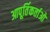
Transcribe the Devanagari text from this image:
आपूर्तिकर्ताओ